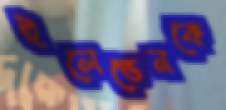
ইলেভেনকে